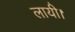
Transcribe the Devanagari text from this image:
लायी।